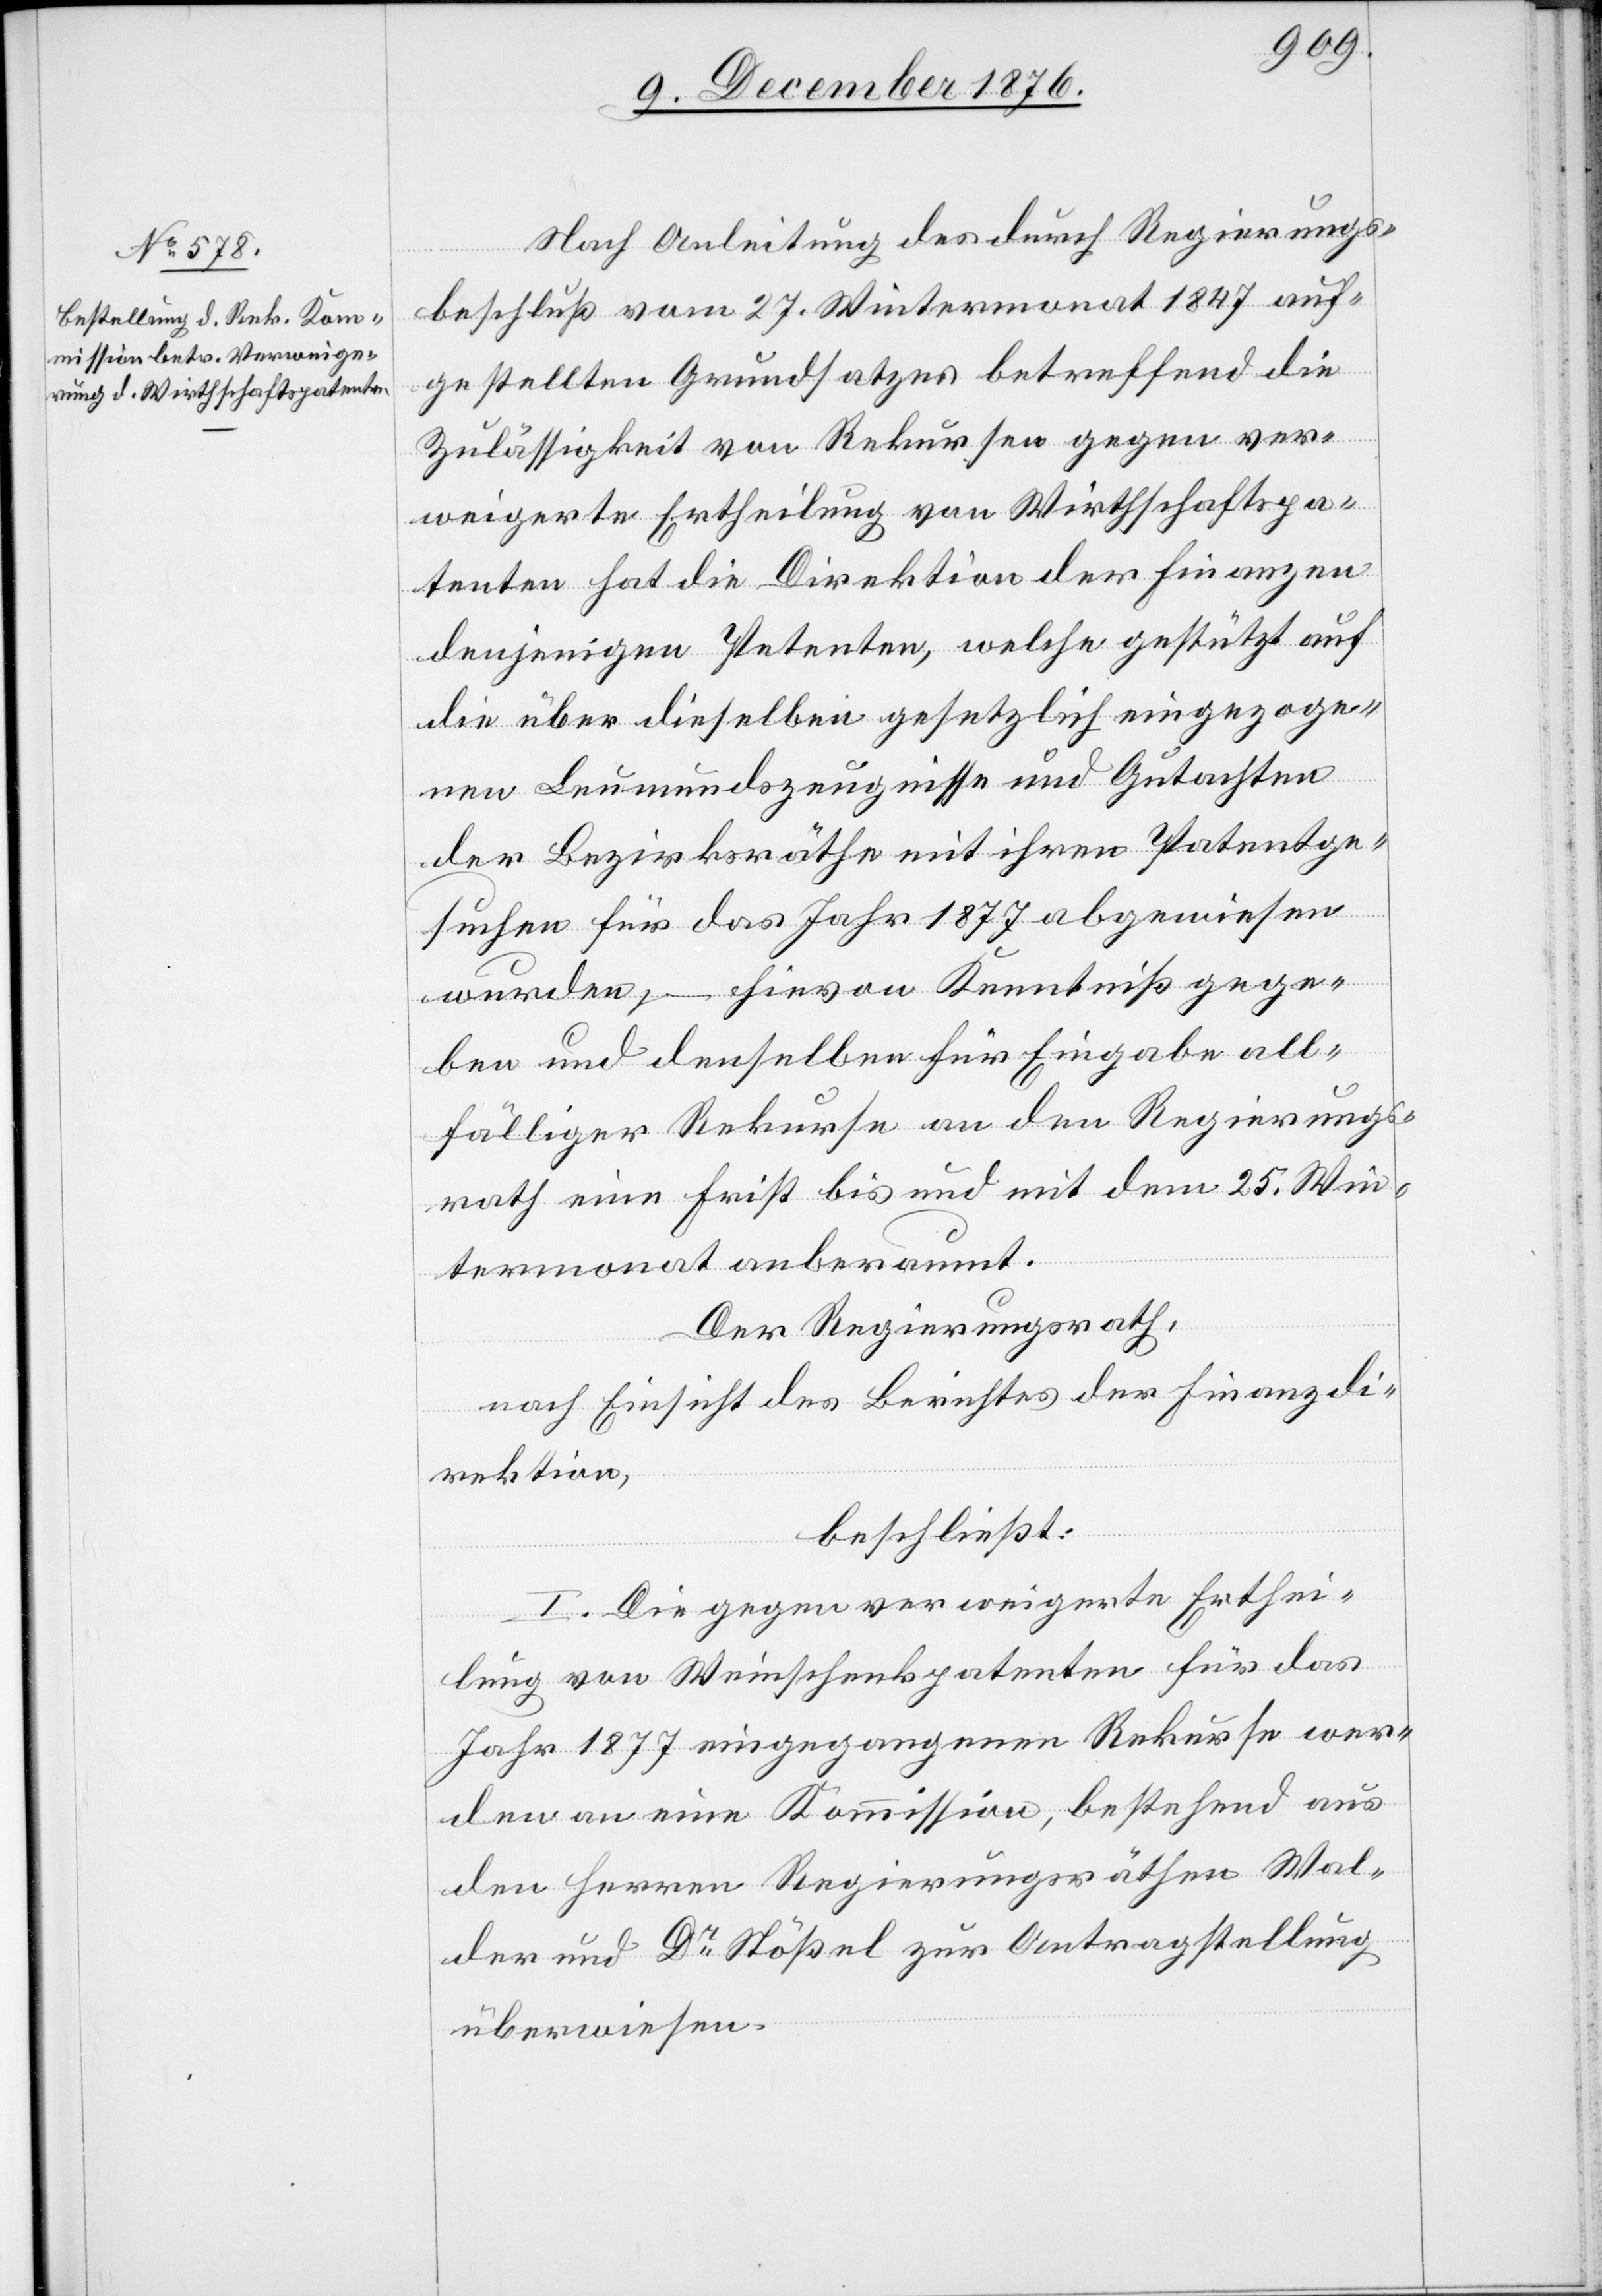
Nach Anleitung des durch Regierungs¬
beschluß vom 27. Wintermonat 1847 auf¬
gestellten Grundsatzes betreffend die
der
Zulässigkeit von Rekursen gegen ver¬
weigerte Ertheilung von Wirthschaftspa¬
tenten hat die Direktion der Finanzen
denjenigen Petenten, welche gestützt auf
die über dieselben gesetzlich eingezoge¬
nen Leumundszeugnisse und Gutachten
der Bezirksräthe mit ihren Patentge¬
suchen für das Jahr 1877 abgewiesen
wurden, – hievon Kenntniß gege¬
ben und denselben für Eingabe all¬
fälliger Rekurse an den Regierungs¬
rath eine Frist bis und mit dem 25. Win¬
termonat anberaumt.
Der Regierungsrath,
Direktion
beschließt:
I. Die gegen verweigerte Erthei¬
lung von Einschenkpatenten für das
Jahr 1877 eingegangenen Rekurse wer¬
den an eine Kommission, bestehend aus
den Herren regierungsräthlichen Wal¬
der und Dr Stößel zur Antragstellung
überwiesen.